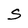
Character: S